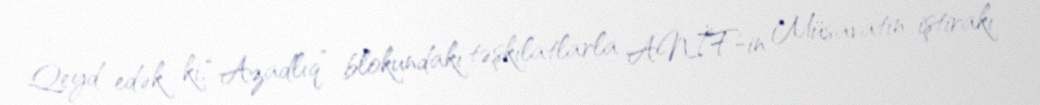
Qeyd edək ki, “Azadlıq” blokundakı təşkilatlarla ANİF-in Müsavatın iştirakı